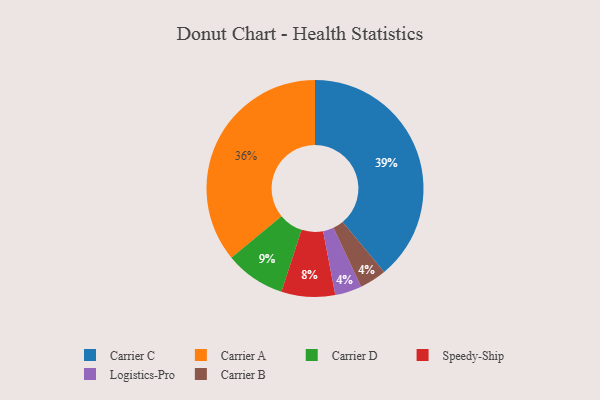
{"axis": {"x": "Category", "y": "Percentage"}, "legend": ["Carrier A", "Carrier B", "Carrier C", "Carrier D", "Logistics-Pro", "Speedy-Ship"], "data": [{"x": "Carrier D", "y": 9, "type": "Carrier D"}, {"x": "Logistics-Pro", "y": 4, "type": "Logistics-Pro"}, {"x": "Carrier A", "y": 36, "type": "Carrier A"}, {"x": "Carrier B", "y": 4, "type": "Carrier B"}, {"x": "Speedy-Ship", "y": 8, "type": "Speedy-Ship"}, {"x": "Carrier C", "y": 39, "type": "Carrier C"}]}